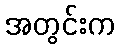
အတွင်းက